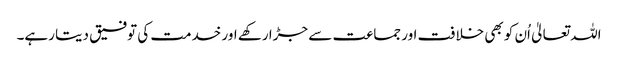
اللہ تعالیٰ اُن کو بھی خلافت اور جماعت سے جڑا رکھے اور خدمت کی توفیق دیتا رہے۔